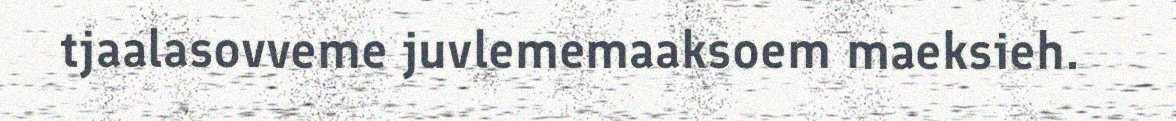
tjaalasovveme juvlememaaksoem maeksieh.